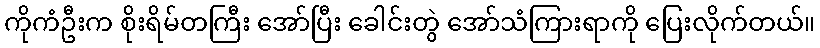
ကိုကံဦးက စိုးရိမ်တကြီး အော်ပြီး ခေါင်းတွဲ အော်သံကြားရာကို ပြေးလိုက်တယ်။